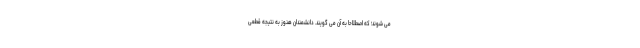
می شوند؛ که اصطلاحا به آن می گویند. دانشمندان هنوز به نتیجه قطعی